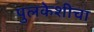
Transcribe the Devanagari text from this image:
पुलकेशीचा